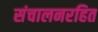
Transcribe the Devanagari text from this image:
संचालनरहित